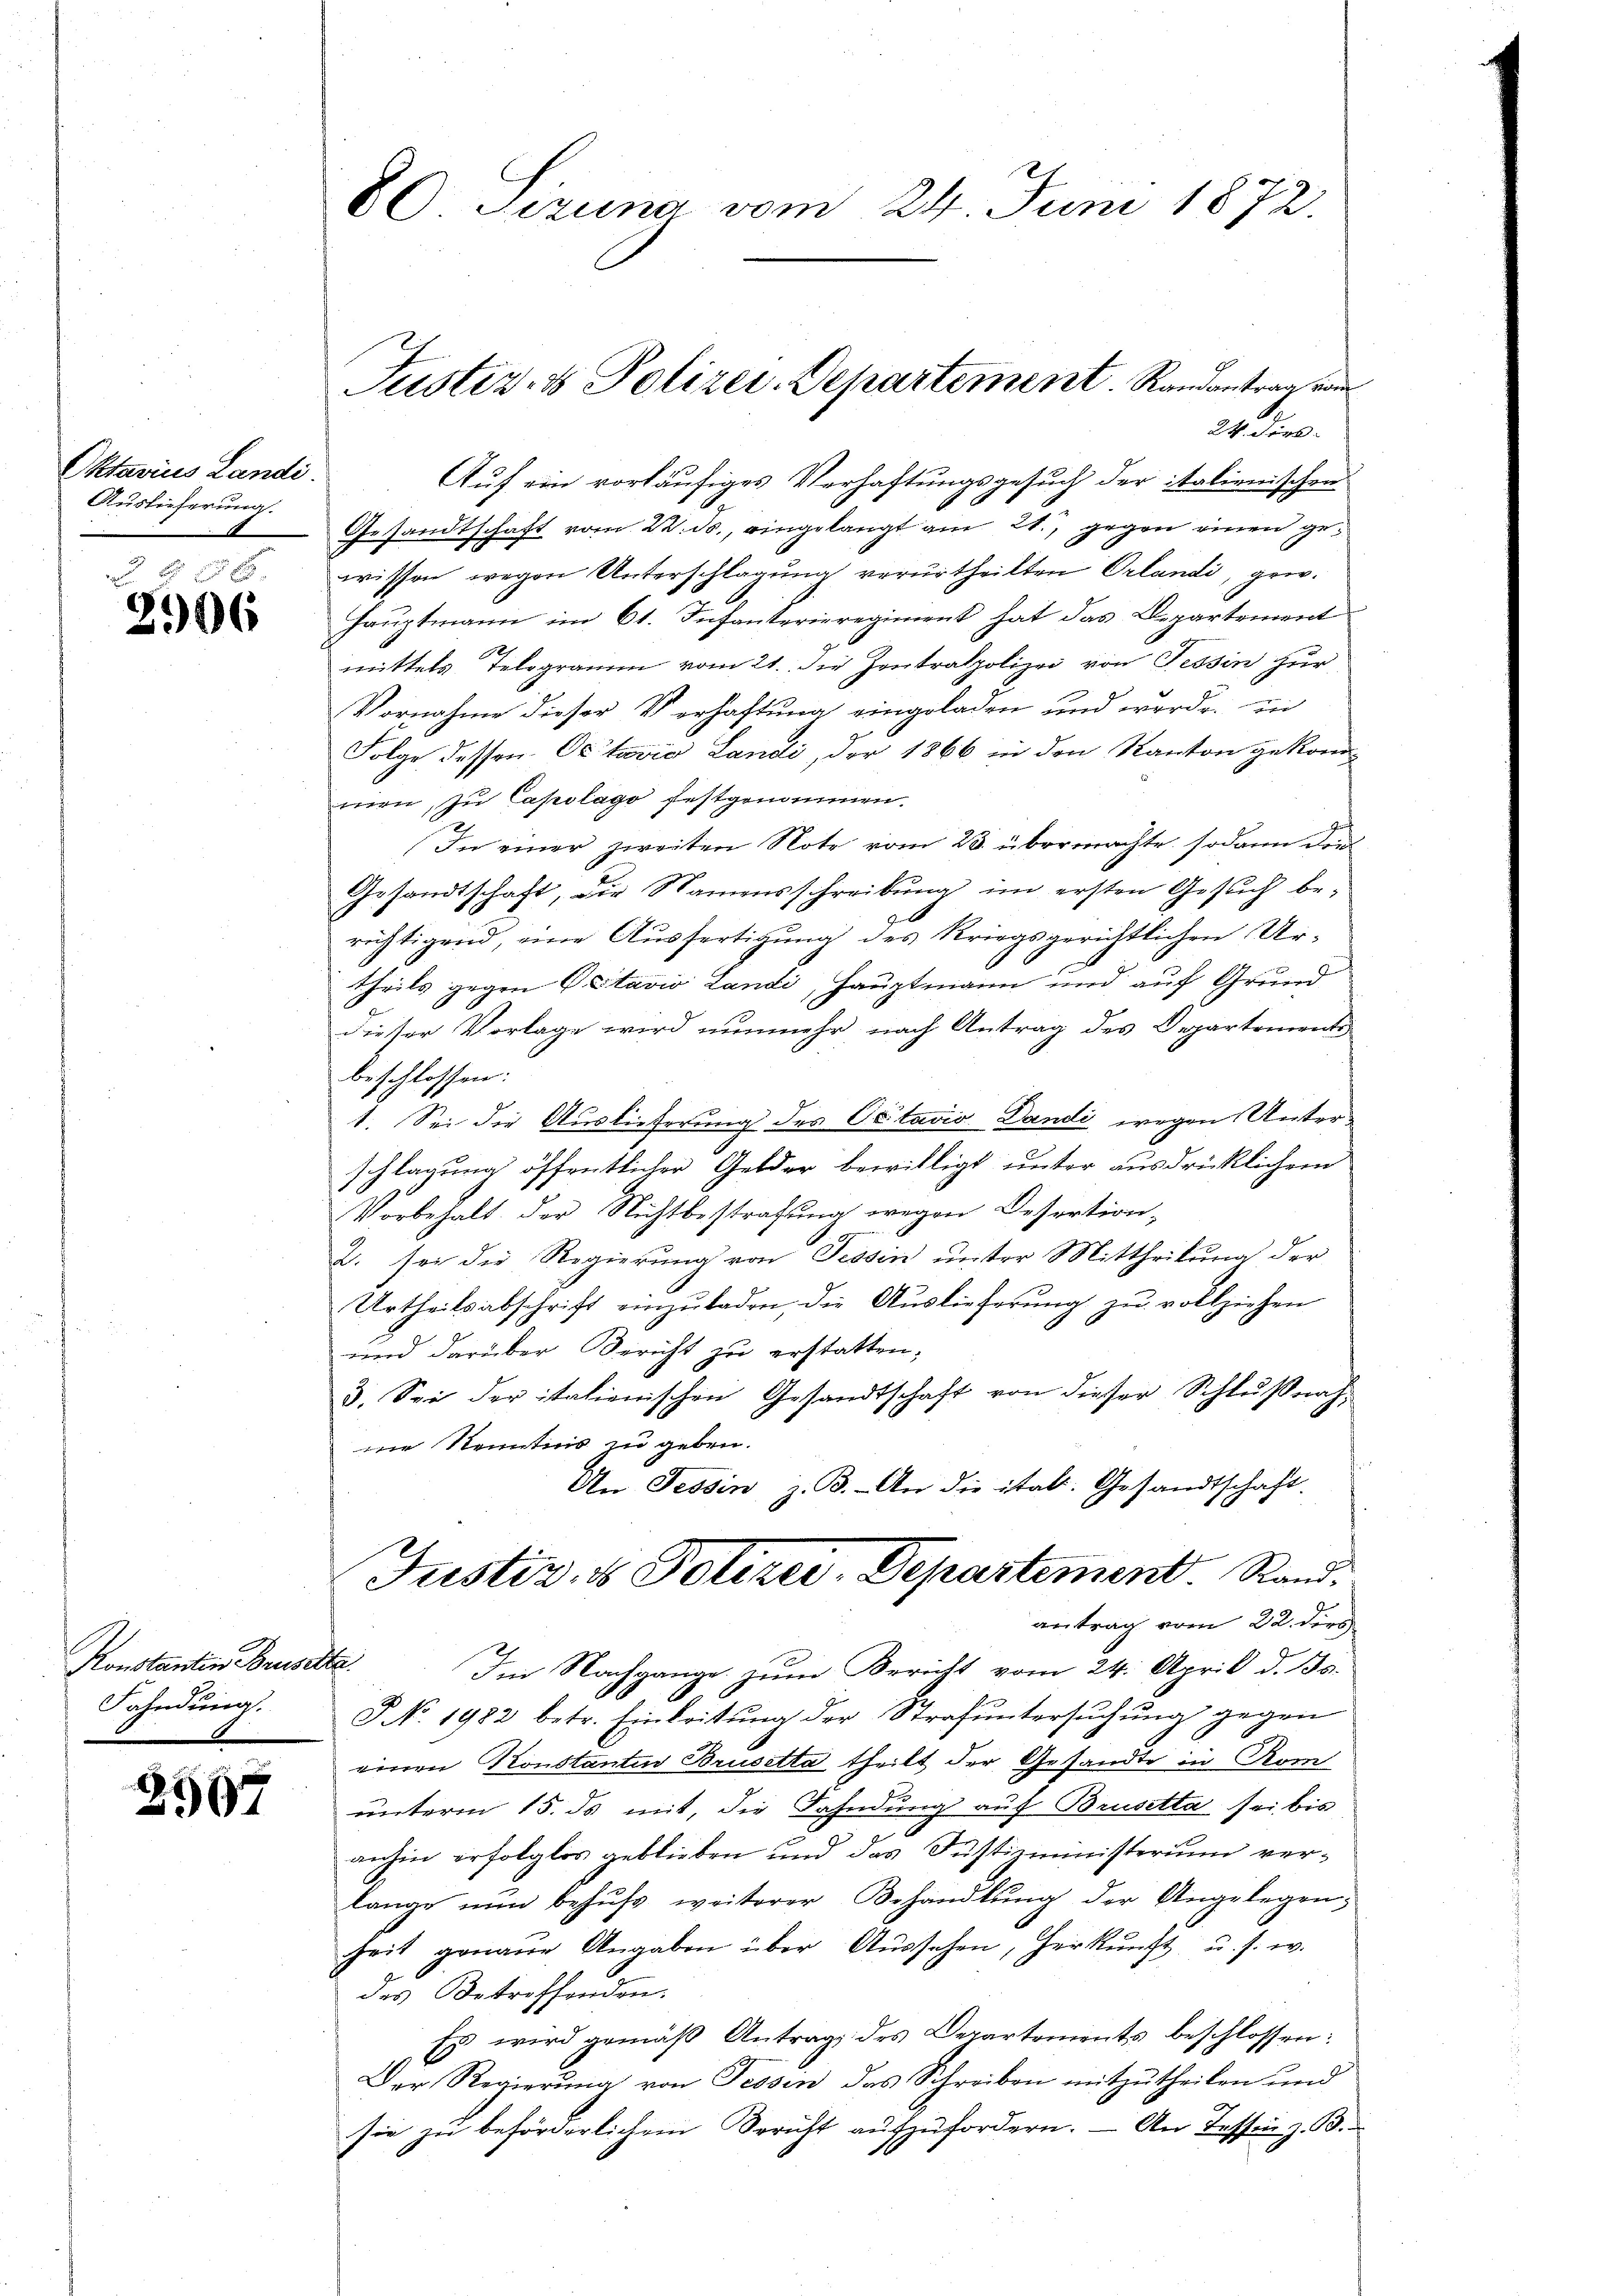
Oktavius Landi
Auslieferung.

f 8 x
206

Konstanten Brus
Fahndung.

2597

80 Sizung vom 24. Juni 1872

Gesandtschaft vom 22. ds., eingelangt am 21., gegen einen gewissen wegen Unterschlagung verurtheilten Orlandi, gew.
Hauptmann im 61. Infanterieregiment hat das Departement
mittels Telegramm vom 21. die Zentralpolizei von Tessin zur
Vornahme dieser Verhaftung eingeladen und werde. In
Folge dessen Octavia Landi, der 1866 in den Kanton gekommen, zu Capolago festgenommen.
In einer zweiten Note vom 23. übermachte sodann dies
Gesandtschaft, die Namensschreibŭng im ersten Gesŭch be-
richtigend, eine Ausfertigung des Kriegsgerichtlichen Urtheils gegen Vitavio Landi, Hauptmann und auf Grund
dieser Vorlage wird nunmehr nach Antrag des Departements
beschlossen:
1. Sei die Auslieferung des Octavio Candi wegen Unterschlagung öffentlicher Gelder bewilligt unter ausdrücklicher
Vorbehalt der Nichtbestrafung wegen Dessortion,
2. sei die Regierung von Tessin unter Mittheilung der
Urtheilsabschrift einzŭladen, die Aŭslieferŭng zu vollziehen
und darüber Bericht zu erstatten;
3. Sei der italienischen Gesandtschaft von dieser Schlußrah-
wie Kenntnis zu geben.
An Tessin, z. B. An die ital. Gesandtschaft.
Justiz & Polizei-Departement. Stand.
antrag vom 22. dies
d
Im Nachgange zum Bericht vom 24. April d. Js.
J No. 1982 betr. Einleitŭng der Strafuntersŭchŭng gegen
einen Konstantin Brusetta theilt der Gesandte in Rom
unterm 15. ds mit, die Fahndung auf Brustta sei bis
anhin erfolglos geblieben und das Justizministerium verlange nun behŭfs weiterer Behandlŭng der Angelegen-
heit genaue Angaben über Aŭssehen, herkŭnft u. s. w.
des Betreffenden.
Es wird gemäß Antrag des Departements beschlossen:
Der Regierung von Fessen das Schreiben mitzutheilen und
sie zu beförderlichem Bericht aufzufordern. — An Tessin z. B.

Justiz- & Polizei-Departement. Randantrag von
24 dies
Auf ein vorläufiges Verhaftungsgesuch der italienischen